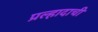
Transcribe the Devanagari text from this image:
प्रल्हादाची